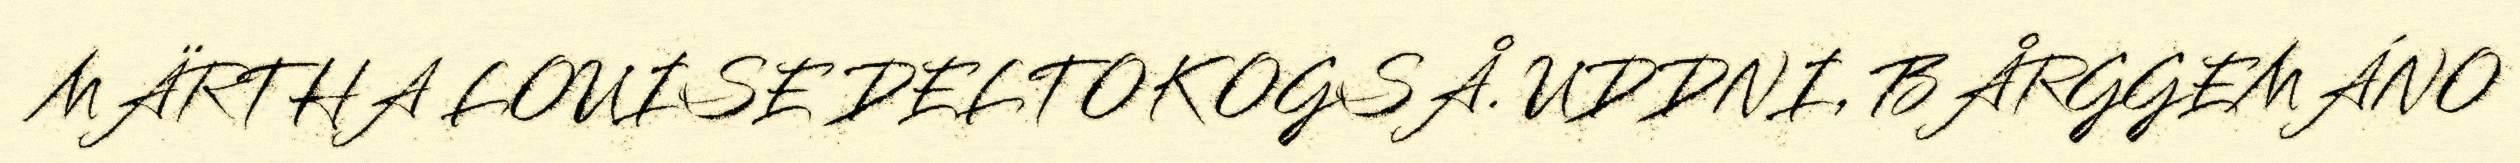
MÄRTHA LOUISE DELTOK OGSÅ. UDDNI, BÅRGGEMÁNO